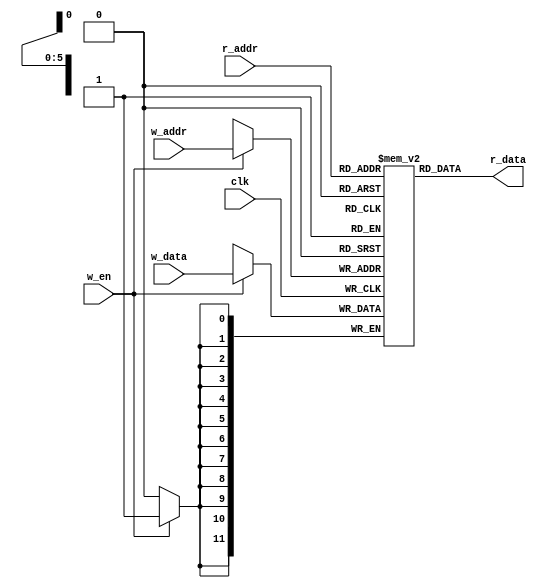
`timescale 1ns / 1ps
//////////////////////////////////////////////////////////////////////////////////
// Company: 
// Engineer: 
// 
// Design Name: 
// Module Name: ram
// Project Name: 
// Target Devices: 
// Tool Versions: 
// Description: 
// 
// Dependencies: 
// 
// Revision:
// Revision 0.01 - File Created
// Additional Comments:
// 
//////////////////////////////////////////////////////////////////////////////////


module ram(output[11:0] r_data,
           input clk, w_en,
           input[5:0] w_addr, r_addr,
           input [11:0] w_data);

   reg [11:0] memory[0:63];
   
   always @ (posedge clk)
   if(w_en)
    memory[w_addr]<=w_data;
    
    assign r_data=memory[r_addr];
     
    
endmodule